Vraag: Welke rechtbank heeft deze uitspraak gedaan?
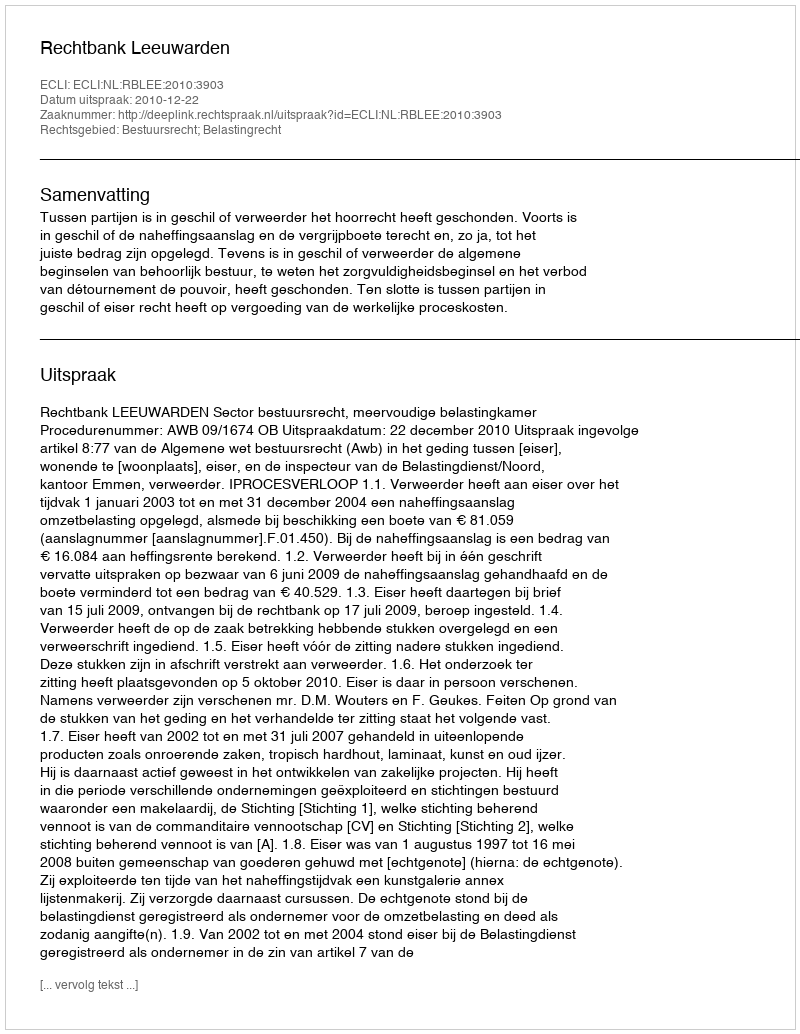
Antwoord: Rechtbank Leeuwarden